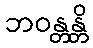
ဘဝန္တန္တိ